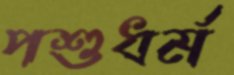
পশুধর্ম